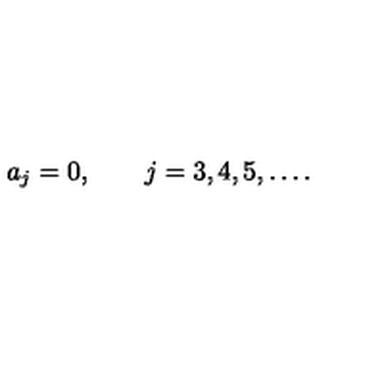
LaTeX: a _ { j } = 0 , \qquad j = 3 , 4 , 5 , \dots { . }